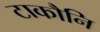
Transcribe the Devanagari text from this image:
टाकौनि